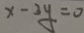
x - 3 y = 0